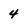
Character: 4